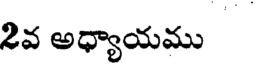
2వఅధ్యాయము